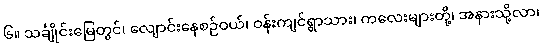
၆။ သင်္ချိုင်းမြေတွင်၊ လျောင်းနေစဉ်ဝယ်၊ ဝန်းကျင်ရွာသား၊ ကလေးများတို့၊ အနားသို့လာ၊